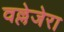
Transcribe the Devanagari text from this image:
वल्लेजेरा